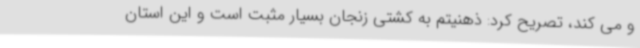
و می کند، تصریح کرد: ذهنیتم به کشتی زنجان بسیار مثبت است و این استان